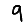
Digit: 9